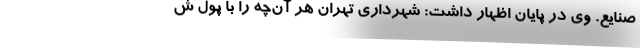
صنایع. وی در پایان اظهار داشت: شهرداری تهران هر آن‌چه را با پول ش